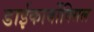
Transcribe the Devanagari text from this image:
डाईकार्बोक्सिल